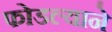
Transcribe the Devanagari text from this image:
फोडल्याने